Voisiku_vallavalitsus, lk 64
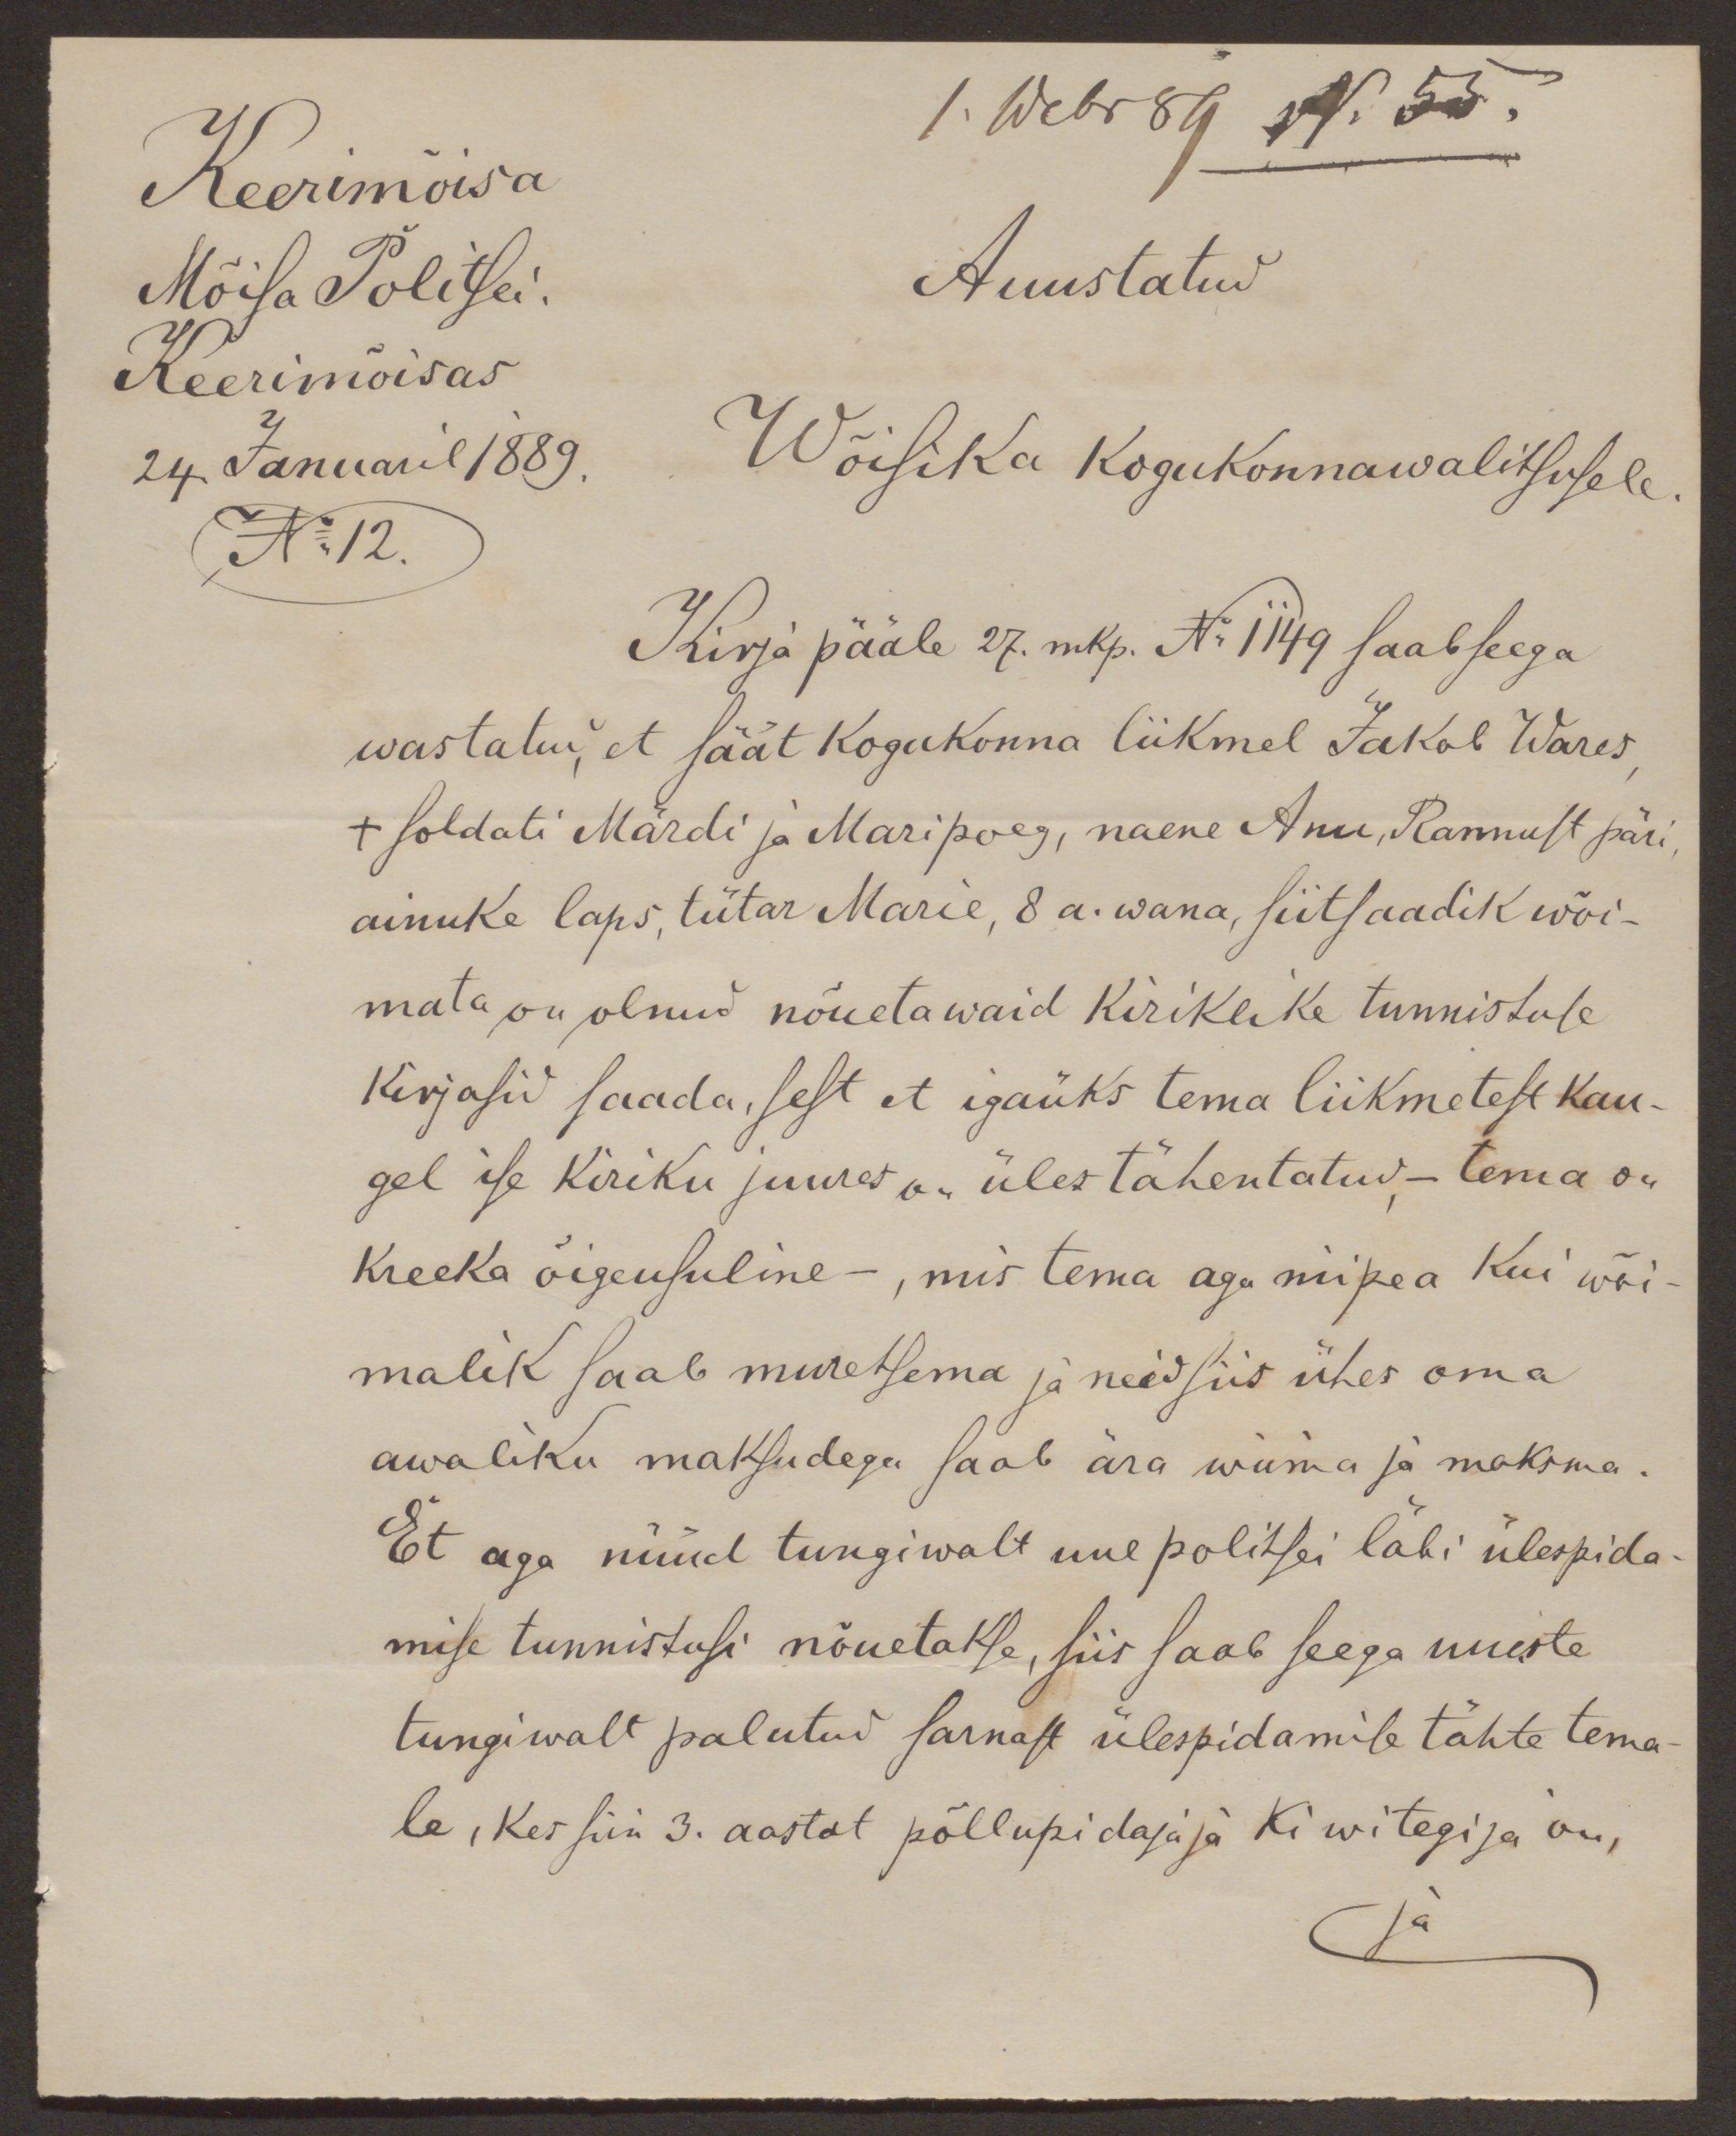
Keerimõisa
1. Webr 89 N. 53.
Mõisa Politsei.
Auustatud
Keerimõisas
24. Januaril 1889.
Wõisika kogukonnawalitsusele
N:12.
Kirja pääle 27. mkp. No 1149 saab seega
wastatud, et säät kogukonna liikmel Jakob Wares
+ soldati Märdi ja Mari poeg, naene Anu, Rannust päri
ainuke laps, tütar Marie, 8 a. wana, siitsaadik wõi-
mata on olnud nõuetawaid kiriklike tunnistuse
kirjasid saada, sest et igaüks tema liikmetest kau-
gel ise kiriku juures on üles tähentatud,- tema on
kreeka õigeusuline-, mis tema aga niipea kui wõi-
malik saab muretsema ja neid siis ühes oma
awaliku maksudega saab ära wiima ja maksma.
Et aga nüüd tungiwalt uue politsei läbi ülespida-
mise tunnistusi nõuetakse, siis saab seega uueste
tungiwalt palutud sarnast ülespidamise tähte tema
le, kes siin 3. aastat põllupidajaja Kiwitegija on,
ja